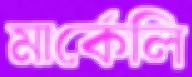
মার্কেলি